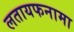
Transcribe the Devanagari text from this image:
लतायफनामा